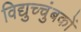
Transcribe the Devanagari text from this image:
विद्युच्चुंबकों